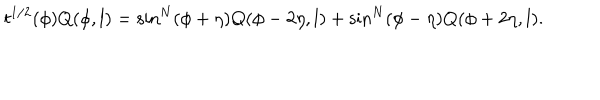
t ^ { 1 / 2 } ( \phi ) Q ( \phi , l ) = \sin ^ { N } ( \phi + \eta ) Q ( \phi - 2 \eta , l ) + \sin ^ { N } ( \phi - \eta ) Q ( \phi + 2 \eta , l ) .